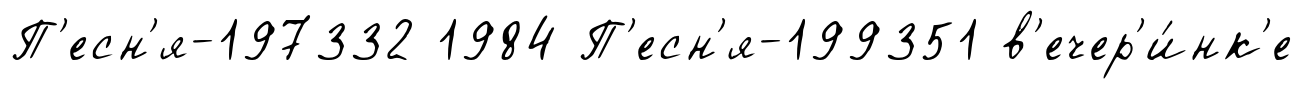
П'есн'я-197332 1984 П'есн'я-199351 в'ечер'и́нк'е